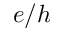
e / h